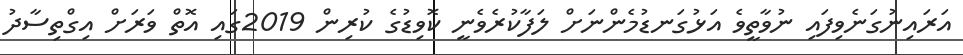
އަރައިނުގަނެވިފައި ނުވާތީވެ އަޅުގަނޑުމެންނަށް ލަފާކުރެވެނީ ކޮވިޑުގެ ކުރިން 2019ގައި އޮތް ވަރަށް އިގްތިސާދު